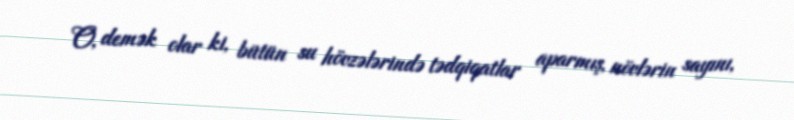
O, demək olar ki, bütün su hövzələrində tədqiqatlar aparmış, növlərin sayını,